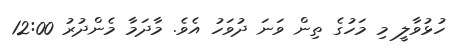
ހުޅުވާލީ މި މަހުގެ ތިން ވަނަ ދުވަހު އެވެ. މާދަމާ މެންދުރު 12:00